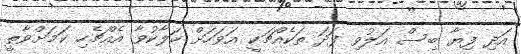
އަދި ފިޔާ ބިސް އަލުވި ފަދަ ތަކެއްޗަކީ އަވަހަށް ހަލާކުވާ އެއްޗެހި ކަމަށްވާތީ